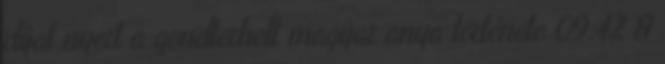
díjat nyert a gondterhelt magyar anya története 09:42 A